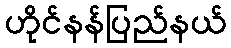
ဟိုင်နန်ပြည်နယ်